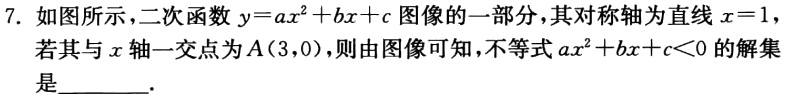
7. 如图所示，二次函数\(y = ax^{2}+bx + c\)图像的一部分，其对称轴为直线\(x = 1\)，若其与\(x\)轴一交点为\(A(3,0)\)，则由图像可知，不等式\(ax^{2}+bx + c<0\)的解集是________.